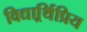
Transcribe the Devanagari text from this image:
विद्यार्र्थिप्रिय